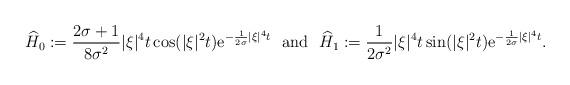
LaTeX: \begin{align*}\widehat{H}_0:=\frac{2\sigma+1}{8\sigma^2}|\xi|^4t\cos(|\xi|^2t)\mathrm{e}^{-\frac{1}{2\sigma}|\xi|^4t}\ \ \mbox{and}\ \ \widehat{H}_1:=\frac{1}{2\sigma^2}|\xi|^4t\sin(|\xi|^2t)\mathrm{e}^{-\frac{1}{2\sigma}|\xi|^4t}.\end{align*}